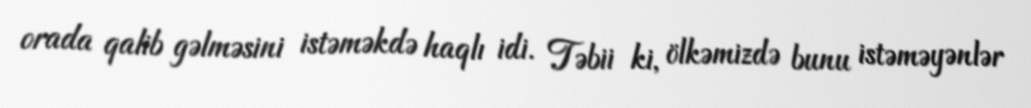
orada qalib gəlməsini istəməkdə haqlı idi. Təbii ki, ölkəmizdə bunu istəməyənlər